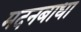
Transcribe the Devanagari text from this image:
मदनबाधा